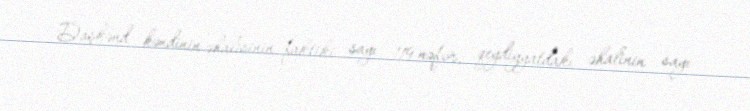
Daşkənd kəndinin əhalisinin faktiki sayı 119 nəfər, qeydiyyatdakı əhalinin sayı